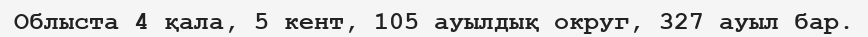
Облыста 4 қала, 5 кент, 105 ауылдық округ, 327 ауыл бар.